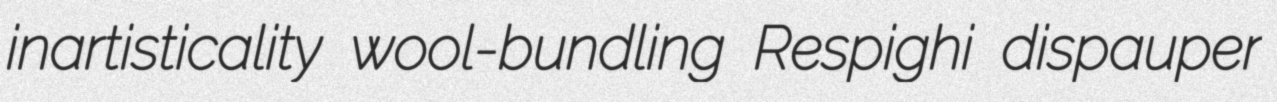
inartisticality wool-bundling Respighi dispauper